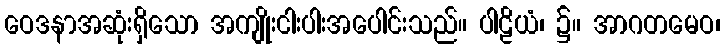
ဝေဒနာအဆုံးရှိသော အကျိုးငါးပါးအပေါင်းသည်။ ပါဠိယံ၊ ၌။ အာဂတမေဝ၊